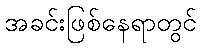
အခင်းဖြစ်နေရာတွင်